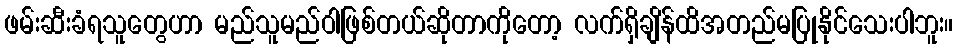
ဖမ်းဆီးခံရသူတွေဟာ မည်သူမည်ဝါဖြစ်တယ်ဆိုတာကိုတော့ လက်ရှိချိန်ထိအတည်မပြုနိုင်သေးပါဘူး။